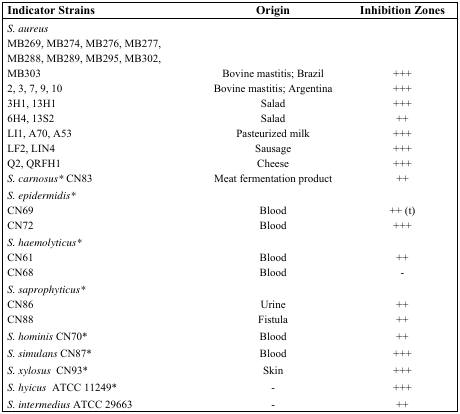
| Indicator Strains | Origin | Inhibition Zones |
 | --- | --- | --- |
 | S. aureus |  |  |
 | <ROWSPAN=2> MB269, MB274, MB276, MB277, MB288, MB289, MB295, MB302, MB303 |  |  |
 | Bovine mastitis; Brazil | +++ |
 | 2, 3, 7, 9, 10 | Bovine mastitis; Argentina | +++ |
 | 3H1, 13H1 | Salad | +++ |
 | 6H4, 13S2 | Salad | ++ |
 | LI1, A70, A53 | Pasteurized milk | +++ |
 | LF2, LIN4 | Sausage | +++ |
 | Q2, QRFH1 | Cheese | +++ |
 | S. carnosus* CN83 | Meat fermentation product | ++ |
 | S. epidermidis* |  |  |
 | CN69 | Blood | ++ (t) |
 | CN72 | Blood | +++ |
 | S. haemolyticus* |  |  |
 | CN61 | Blood | ++ |
 | CN68 | Blood | - |
 | S. saprophyticus* |  |  |
 | CN86 | Urine | ++ |
 | CN88 | Fistula | ++ |
 | S. hominis CN70* | Blood | ++ |
 | S. simulans CN87* | Blood | +++ |
 | S. xylosus CN93* | Skin | +++ |
 | S. hyicus ATCC 11249* | - | +++ |
 | S. intermedius ATCC 29663 | - | ++ |